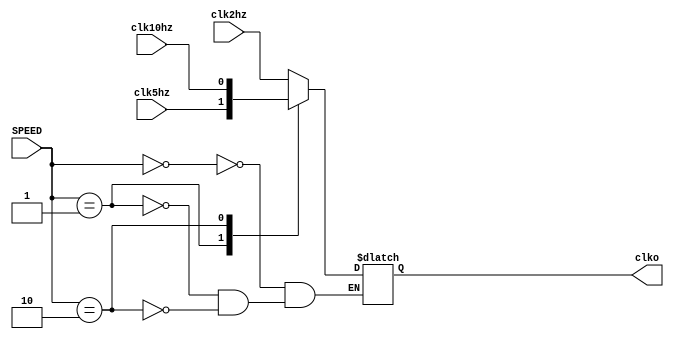
module divxung(
input clk2hz,
input clk5hz,
input clk10hz,
input [1:0] SPEED,
output clko
    );
wire f;

always @(clk,SPEED) begin
	case(SPEED)
	0: f<=clk2hz;
	1: f<=clk5hz;
	2: f<=clk10hz;
	endcase
end
assign clko=f;
endmodule